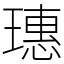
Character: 璤